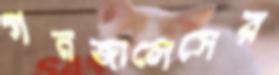
গনজালেসের